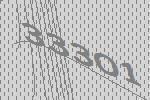
33301